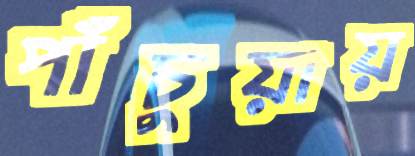
পাঁচুয়ায়